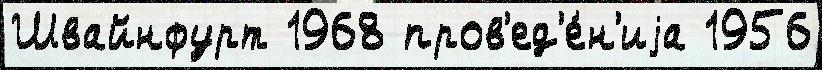
Швайнфурт 1968 пров'ед'е́н'иjа 1956